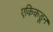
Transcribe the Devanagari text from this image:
एकिकडून